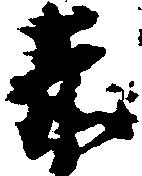
赤